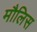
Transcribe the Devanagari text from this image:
मौलिस